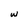
Character: w